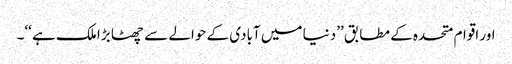
اور اقوام متحدہ کے مطابق ’’دنیا میں آبادی کے حوالے سے چھٹا بڑا ملک ہے ‘‘۔